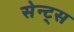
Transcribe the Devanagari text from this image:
सेन्ट्स